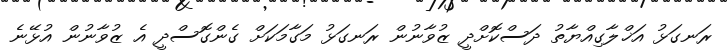
ރަނގަޅު އަޚްލާގިއްޔާތު ދަސްކޮށްދީ ޒުވާނުން ރަނގަޅު މަގާމަކަށް ގެންގޮސްދީ އެ ޒުވާނުން އުޅޭނެ